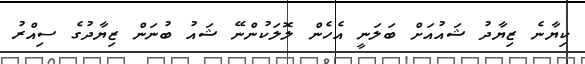
ކިޔާނެ ޒިޔާދު ޝައުއަށް ބަލަނީ އެހެން ލޮލަކުންނޭ ޝައު ބުނަން ޒިޔާދުގެ ސިއްރު